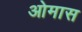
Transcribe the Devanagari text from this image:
ओमास